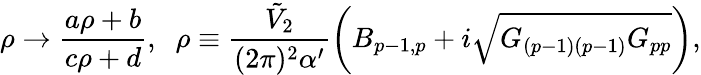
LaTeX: \rho\to\frac{a\rho+b}{c\rho+d},\; \; \rho\equiv\frac{{\tilde{V}}_{2}}{(2\pi)^{2}\alpha^{\prime}}\left(B_{p-1,p}+i\sqrt{G_{(p-1)(p-1)}G_{pp}}\right),